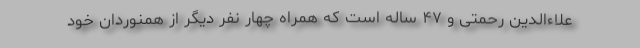
علاءالدین رحمتی و ۴۷ ساله است که همراه چهار نفر دیگر از همنوردان خود